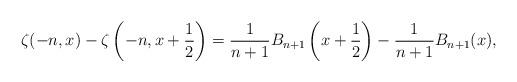
LaTeX: \begin{align*}\zeta(-n, x) - \zeta\left(-n, x + \frac{1}{2}\right) = \frac{1}{n+1}B_{n+1}\left(x + \frac{1}{2}\right) - \frac{1}{n+1}B_{n+1}(x),\end{align*}